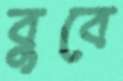
বুবে